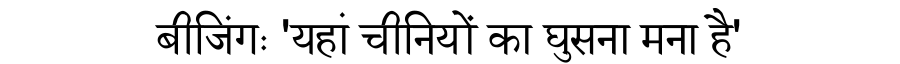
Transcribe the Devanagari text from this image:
बीजिंगः 'यहां चीनियों का घुसना मना है'